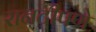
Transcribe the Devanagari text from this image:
रानटीपणे